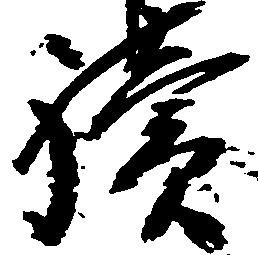
続